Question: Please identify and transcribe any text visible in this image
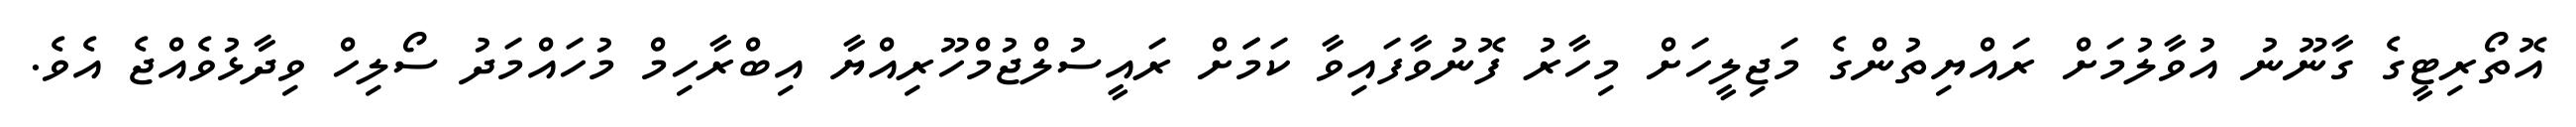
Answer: އޮތޯރިޓީގެ ގާނޫނު އުވާލުމަށް ރައްޔިތުންގެ މަޖިލީހަށް މިހާރު ފޮނުވާފައިވާ ކަމަަށް ރައީސުލްޖުމްހޫރިއްޔާ އިބްރާހިމް މުހައްމަދު ސޯލިހް ވިދާޅުވެއްޖެ އެވެ.